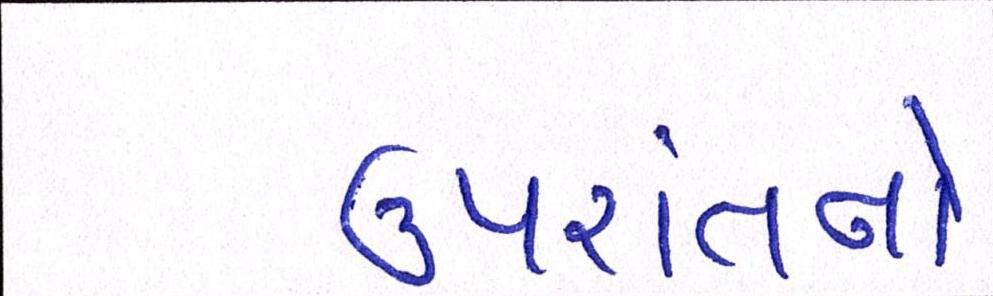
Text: ઉપરાંતનો